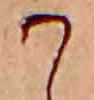
か